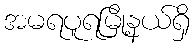
အမရပူရမြို့နယ်ရှိ